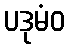
ပဒုမံဝ